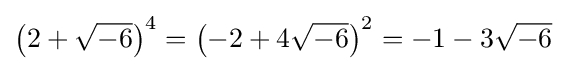
\left(2+{\sqrt {-6}}\right)^{4}=\left(-2+4{\sqrt {-6}}\right)^{2}=-1-3{\sqrt {-6}}